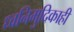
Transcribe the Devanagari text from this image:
ध्वनिमुदिकाही